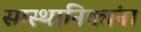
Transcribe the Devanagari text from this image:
सम्स्थानिकांना